Annual report of the Imperial Bacteriological Laboratory, Muktesar
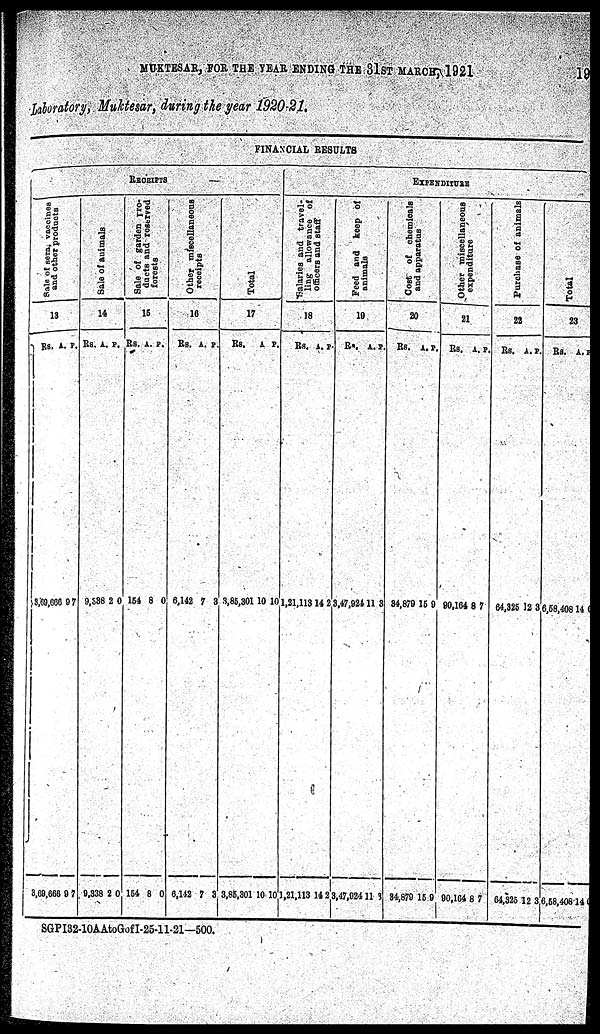
MUKTESAR, FOR THE YEAR ENDING THE 31ST MARCH, 1921
19
Laboratory, Muktesar, during the year 1920-21.
RECEIPTS
Sal e of sera, vaccines
and other products
13
Rs.
3,69,666
3,69,666
A.
9
9
P.
7
7
Sal e of animals
14
Rs.
9,338
9,338
A.
2
2
P.
0
0
Sal e of garden Pro¬
duct s and reserved
f or est s
15
Rs.
154
154
A.
8
8
P.
0
0
Ot her miscellaneous
receipts
16
Rs.
6,142
6,142
A.
7
7
P.
3
3
FINANCIAL RESULTS
Tot al
17
Rs.
3,85,301
3,85,301
A.
10
10
P.
10
10
EXPENDITURE
Salaries and travel-
ling allowance of
officers and staff
18
Rs.
1,21,113
1,21,113
A.
14
14
P.
2
2
Feed and keep of
animals
19
Rs
3,47,924
3,47,924
A.
11
11
P.
3
3
Cost of chemicals
and apparatus
20
Rs.
84,879
84,879
A.
15
15
P.
9
9
Ot her miscellaneous
expenditure
21
Rs.
90,164
90,164
A.
8
8
P.
7
7
Pur c ha s e of animals
22
Rs.
64,325
64,325
A.
12
12
P.
3
3
Total
23
Rs.
6,58,408
6,58,408
A.
14
14
P.
6
6
SGPI32-10AAtoGofI-25-11-21—500.